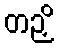
တဉှိ